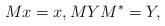
LaTeX: \begin{align*}Mx = x, MYM^* = Y,\end{align*}